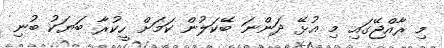
މި ރާއްޖޭގައި މި އުޅޭ ދަންނަ ބޭކަލުން ކަމަށް ހީކުރާ ބަޔަކު ބުނި